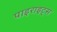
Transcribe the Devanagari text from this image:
पाइराइट्स